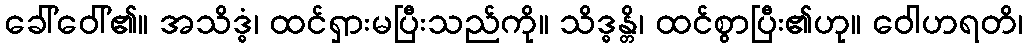
ခေါ်ဝေါ်၏။ အသိဒ္ဓံ၊ ထင်ရှားမပြီးသည်ကို။ သိဒ္ဓန္တိ၊ ထင်စွာပြီး၏ဟု။ ဝေါဟရတိ၊